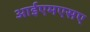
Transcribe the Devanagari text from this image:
आईएमएसए